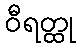
ဝီရတ္ထု